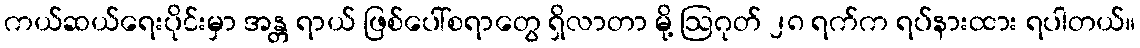
ကယ်ဆယ်ရေးပိုင်းမှာ အန္တ ရာယ် ဖြစ်ပေါ်စရာတွေ ရှိလာတာ မို့ ဩဂုတ် ၂၈ ရက်က ရပ်နားထား ရပါတယ်။